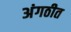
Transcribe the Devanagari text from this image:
अंगठीत